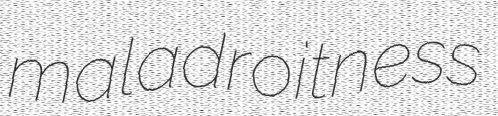
maladroitness